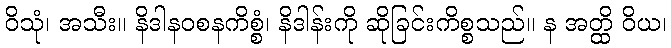
ဝိသုံ၊ အသီး။ နိဒါနဝစနကိစ္စံ၊ နိဒါန်းကို ဆိုခြင်းကိစ္စသည်။ န အတ္ထိ ဝိယ၊